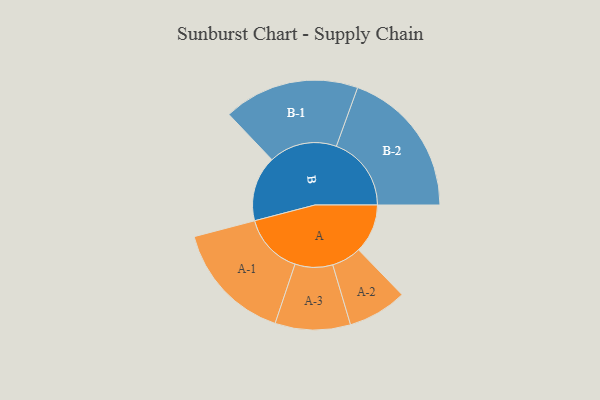
{"axis": {"x": "Segment", "y": "Value"}, "legend": ["", "A", "B"], "data": [{"x": "A", "y": 189, "type": ""}, {"x": "B", "y": 252, "type": ""}, {"x": "A-1", "y": 234, "type": "A"}, {"x": "A-2", "y": 114, "type": "A"}, {"x": "A-3", "y": 145, "type": "A"}, {"x": "B-1", "y": 262, "type": "B"}, {"x": "B-2", "y": 289, "type": "B"}]}